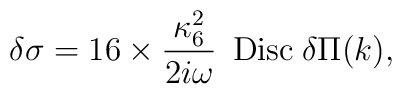
\delta \sigma = 16 \times \frac{\kappa_6^2}{2 i \omega} \hspace{2mm}{\rm Disc} \hspace{1mm} \delta \Pi(k),